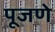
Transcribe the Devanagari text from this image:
पूजणे